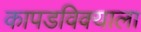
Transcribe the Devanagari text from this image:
कापडविक्याला